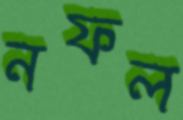
নফল